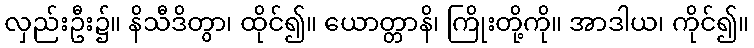
လှည်းဦး၌။ နိသီဒိတွာ၊ ထိုင်၍။ ယောတ္တာနိ၊ ကြိုးတို့ကို။ အာဒါယ၊ ကိုင်၍။